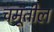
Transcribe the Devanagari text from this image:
चमूतील